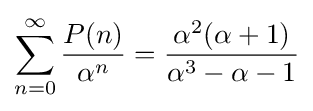
\sum _{n=0}^{\infty }{\frac {P(n)}{\alpha ^{n}}}={\frac {\alpha ^{2}(\alpha +1)}{\alpha ^{3}-\alpha -1}}